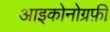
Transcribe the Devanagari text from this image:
आइकोनोग्रफ़ी